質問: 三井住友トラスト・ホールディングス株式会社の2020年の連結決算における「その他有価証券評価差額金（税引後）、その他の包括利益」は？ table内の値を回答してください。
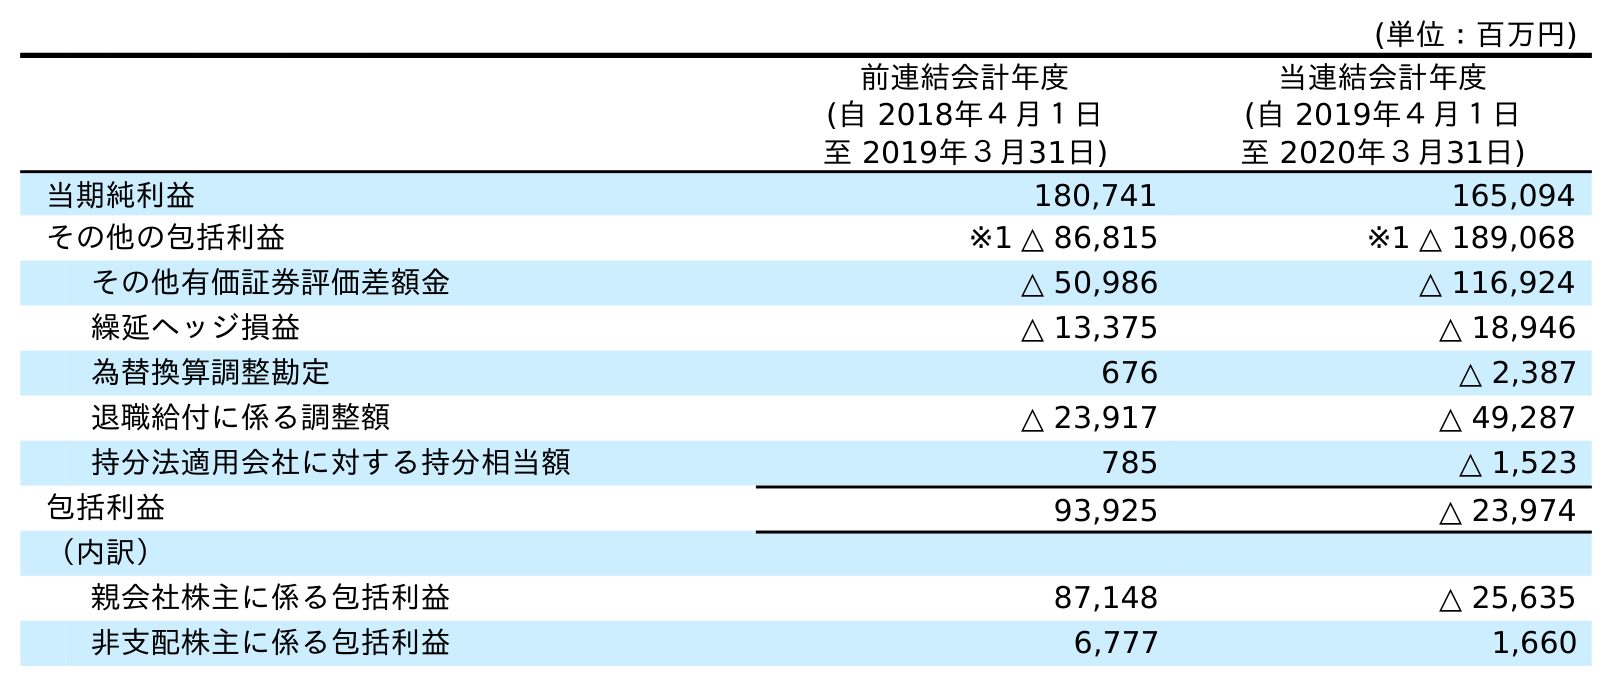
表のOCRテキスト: (単位：百万円) 前連結会計年度 (自 2018年４月１日 至 2019年３月31日) 当連結会計年度 (自 2019年４月１日 至 2020年３月31日) 当期純利益 180,741 165,094 その他の包括利益 ※1 △ 86,815 ※1 △ 189,068 その他有価証券評価差額金 △ 50,986 △ 116,924 繰延ヘッジ損益 △ 13,375 △ 18,946 為替換算調整勘定 676 △ 2,387 退職給付に係る調整額 △ 23,917 △ 49,287 持分法適用会社に対する持分相当額 785 △ 1,523 包括利益 93,925 △ 23,974 （内訳） 親会社株主に係る包括利益 87,148 △ 25,635 非支配株主に係る包括利益 6,777 1,660
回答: △116,924